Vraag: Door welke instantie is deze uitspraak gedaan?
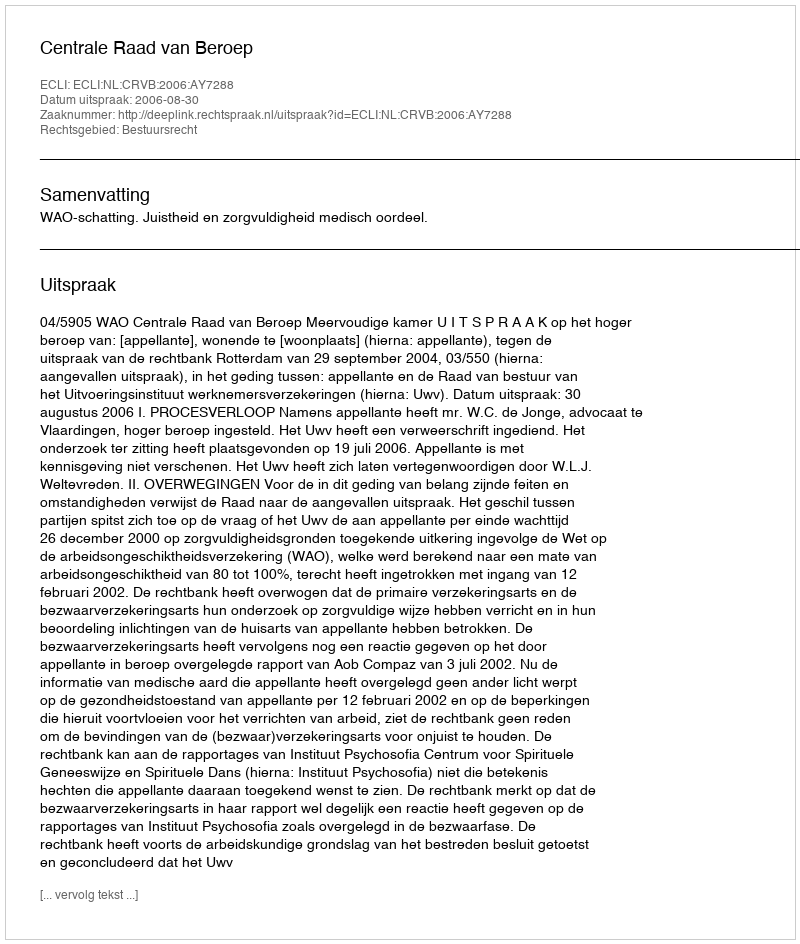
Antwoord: Centrale Raad van Beroep